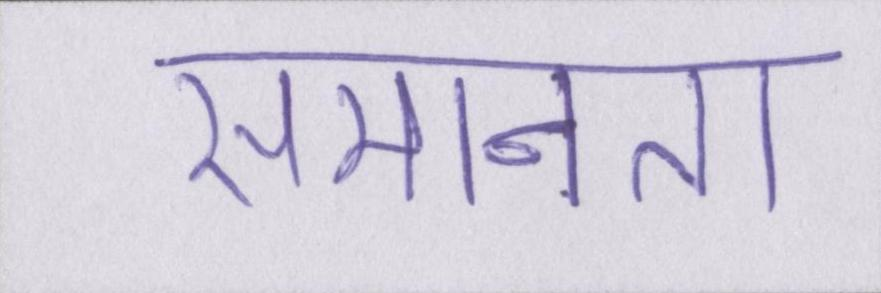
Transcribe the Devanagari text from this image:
समानता